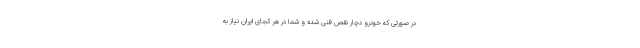
در صورتی که خودرو دچار نقص فنی شده و شما در هر کجای ایران نیاز به